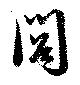
閭